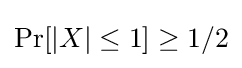
\Pr[|X|\leq 1]\geq 1/2